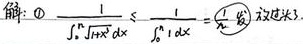
解$:\textcircled{1}$
\[
\frac{1}{\int_{0}^{n}\sqrt{1 + x^{4}}dx}\leq\frac{1}{\int_{0}^{n}1\cdot dx}=\frac{1}{n}
\]
由于\(\sum_{n = 1}^{\infty}\frac{1}{n}\)发散 。